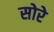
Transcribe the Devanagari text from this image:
सोरे